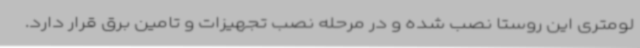
لومتری این روستا نصب شده و در مرحله نصب تجهیزات و تامین برق قرار دارد.